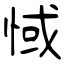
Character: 惐